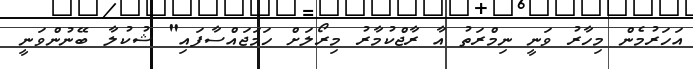
އަހަރުމެން މިހާރު ވަނީ ނިމްރަތު އާ ރާޖްކުމާރު މިރޯލަށް ހަމަޖައްސާފައި" ޝުކުލާ ބޭނުންވަނީ